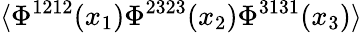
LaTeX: \langle\Phi^{1212}(x_{1})\Phi^{2323}(x_{2})\Phi^{3131}(x_{3})\rangle